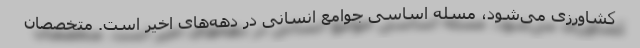
کشاورزی می‌شود، مسله اساسی جوامع انسانی در دهه‌های اخیر است. متخصصان